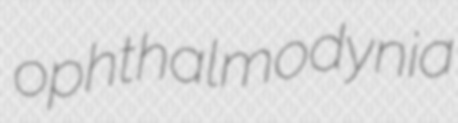
ophthalmodynia